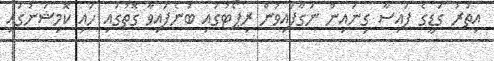
އިތުރު ގަޑީގެ ފައިސާ ގިނައިން ނަގާފައިވުން ރިޕޯޓުގައި ބުނެފައިވާ ގޮތުގައި ހައި ކޮމިޝަނުގައި